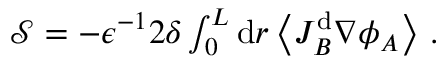
\begin{array} { r } { \mathcal { S } = - \epsilon ^ { - 1 } 2 \delta \int _ { 0 } ^ { L } \mathrm { d } r \left\langle J _ { B } ^ { \mathrm { d } } \nabla \phi _ { A } \right\rangle \, . } \end{array}